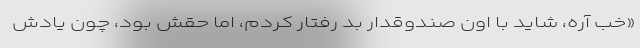
«خب آره، شاید با اون صندوقدار بد رفتار کردم، اما حقش بود، چون یادش